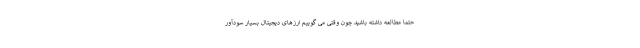
حتما مطالعه داشته باشید چون وقتی می گوییم ارزهای دیجیتال بسیار سودآور